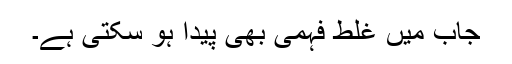
جاب میں غلط فہمی بھی پیدا ہو سکتی ہے۔